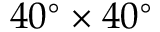
4 0 ^ { \circ } \times 4 0 ^ { \circ }